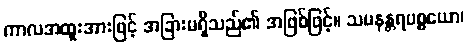
ကာလအထူးအားဖြင့် အခြားမရှိသည်၏ အဖြစ်ဖြင့်။ သမနန္တရပစ္စယော၊